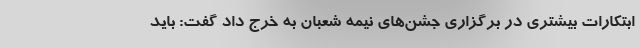
ابتکارات بیشتری در برگزاری جشن‌های نیمه شعبان به خرج داد گفت: باید